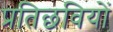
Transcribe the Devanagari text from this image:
प्रतिछवियों